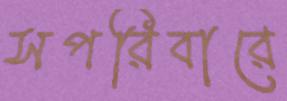
সপরিবারে